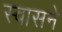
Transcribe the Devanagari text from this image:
स्वासने